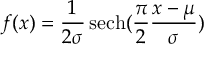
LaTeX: f ( x ) = { \frac { 1 } { 2 \sigma } } \operatorname { s e c h } ( { \frac { \pi } { 2 } } { \frac { x - \mu } { \sigma } } )